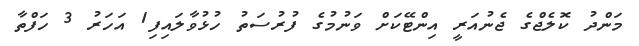
މަންދު ކޮލެޖްގެ ޖެނުއަރީ އިންޓޭކަށް ވަނުމުގެ ފުރުސަތު ހުޅުވާލައިފި1 އަހަރު 3 ހަފްތާ